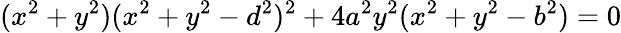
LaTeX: (x^{2}+y^{2})(x^{2}+y^{2}-d^{2})^{2}+4a^{2}y^{2}(x^{2}+y^{2}-b^{2})=0